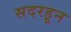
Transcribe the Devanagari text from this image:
सदरहून